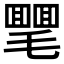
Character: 𣰣